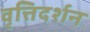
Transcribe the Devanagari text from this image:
वृत्तिदर्शन